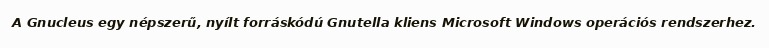
A Gnucleus egy népszerű, nyílt forráskódú Gnutella kliens Microsoft Windows operációs rendszerhez.